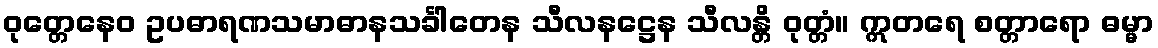
ဝုတ္တေနေဝ ဥပဓာရဏသမာဓာနသင်္ခါတေန သီလနဋ္ဌေန သီလန္တိ ဝုတ္တံ။ ဣတရေ စတ္တာရော ဓမ္မာ